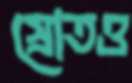
স্রোতও